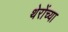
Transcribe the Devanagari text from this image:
थेरोंच्या